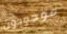
موجودون